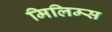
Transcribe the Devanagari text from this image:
मिलिम्स